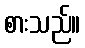
စားသည်။